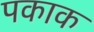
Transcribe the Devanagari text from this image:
पकाक